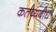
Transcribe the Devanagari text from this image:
कर्तव्यबोध